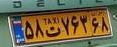
۵۸ت۷۶۳۶۸